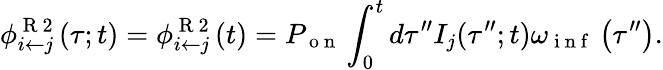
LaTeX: \phi_{i\leftarrow j}^{\mathrm{~R~2~}}(\tau;t)=\phi_{i\leftarrow j}^{\mathrm{~R~2~}}(t)=P_{\mathrm{~o~n~}}\int_{0}^{t}d\tau^{\prime\prime}I_{j}(\tau^{\prime\prime};t)\omega_{\mathrm{~i~n~f~}}\left(\tau^{\prime\prime}\right).